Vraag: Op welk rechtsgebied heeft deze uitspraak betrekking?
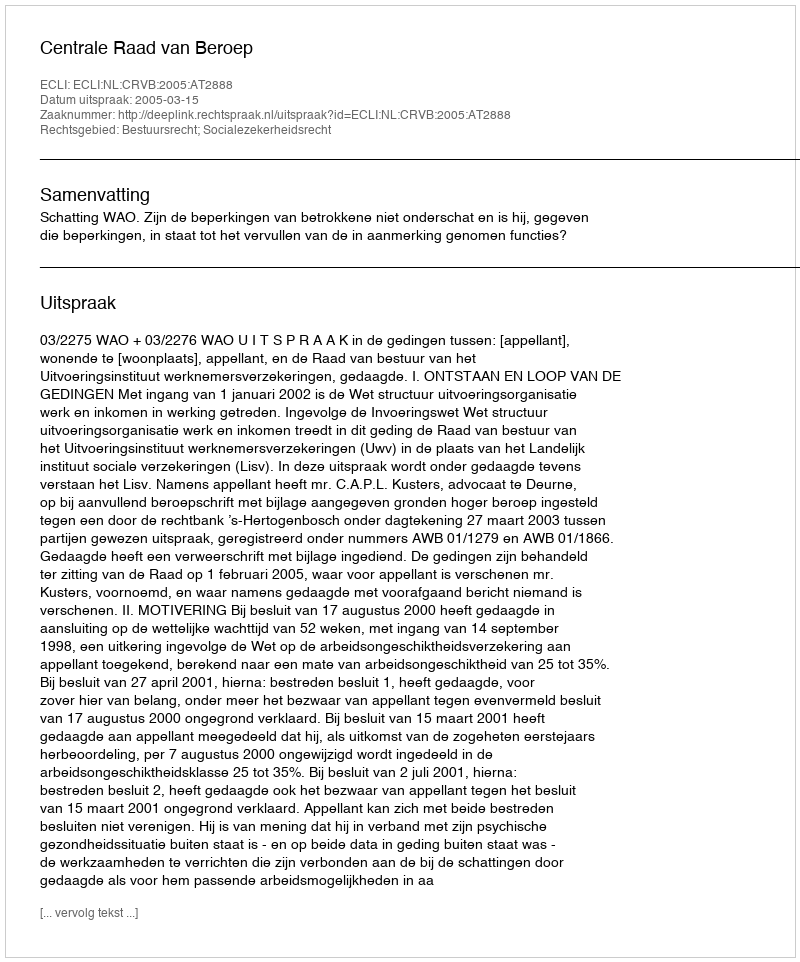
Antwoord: Bestuursrecht; Socialezekerheidsrecht